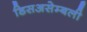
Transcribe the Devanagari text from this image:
डिसअसेम्बली